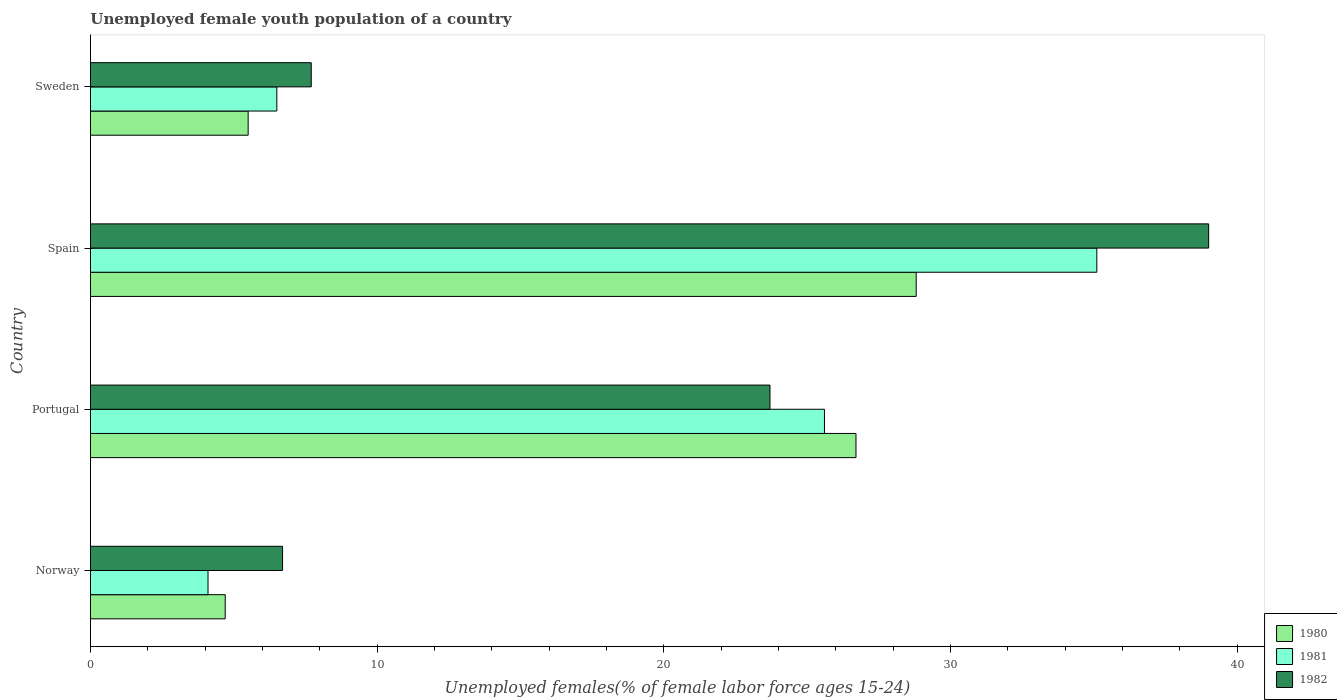
| Country | 1980 | 1981 | 1982 |
 | --- | --- | --- | --- |
 | Norway | 4.7 | 4.1 | 6.7 |
 | Portugal | 26.7 | 25.6 | 23.7 |
 | Spain | 28.8 | 35.1 | 39 |
 | Sweden | 5.5 | 6.5 | 7.7 |